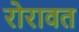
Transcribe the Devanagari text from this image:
रोरावत